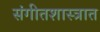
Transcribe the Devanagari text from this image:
संगीतशास्त्रात